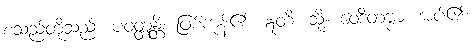
စသည်တို့သည်။ ပဝတ္တန္တိ၊ ဖြစ်ကုန်၏။ ဣတိ၊ သို့။ ဝေဒိတဗ္ဗာ၊ အပ်၏။